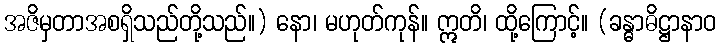
အဇိမှတာအစရှိသည်တို့သည်။) နော၊ မဟုတ်ကုန်။ ဣတိ၊ ထို့ကြောင့်။ (ခန္ဓာဓိဋ္ဌာနာဝ